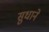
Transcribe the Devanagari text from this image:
सुधाने